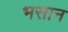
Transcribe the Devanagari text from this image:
भसान